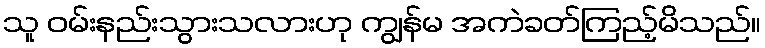
သူ ဝမ်းနည်းသွားသလားဟု ကျွန်မ အကဲခတ်ကြည့်မိသည်။